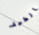
الطيف